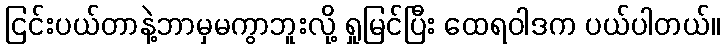
ငြင်းပယ်တာနဲ့ဘာမှမကွာဘူးလို့ ရှုမြင်ပြီး ထေရဝါဒက ပယ်ပါတယ်။